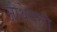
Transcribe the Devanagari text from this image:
जोथेयली